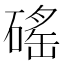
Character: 磘